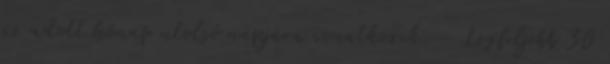
az adott hónap utolsó napjára vonatkozik. - Legfeljebb 30